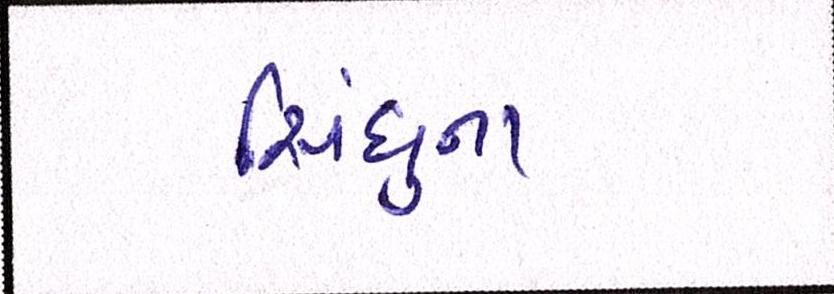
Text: સિંધુના